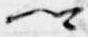
卿